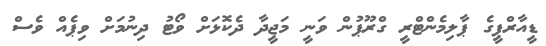
ޑީއާރްޕީގެ ޕާލިމެންޓްރީ ގްރޫޕުން ވަނީ މަޖީދާ ދެކޮޅަށް ވޯޓު ދިނުމަށް ވިޕެއް ވެސް